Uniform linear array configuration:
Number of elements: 16
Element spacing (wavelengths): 1
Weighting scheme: kaiser
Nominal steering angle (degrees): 45
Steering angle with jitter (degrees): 45.865
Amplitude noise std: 0.05
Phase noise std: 0.05

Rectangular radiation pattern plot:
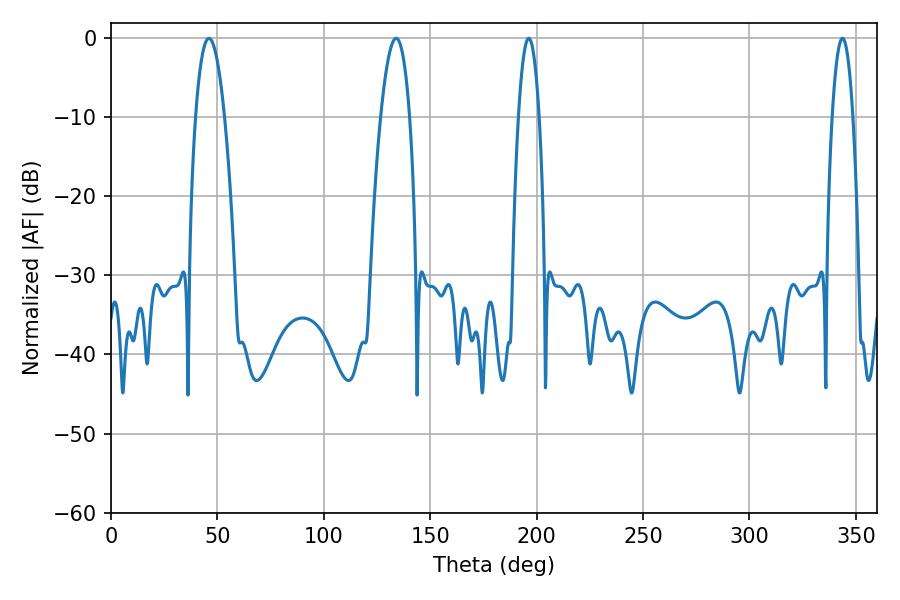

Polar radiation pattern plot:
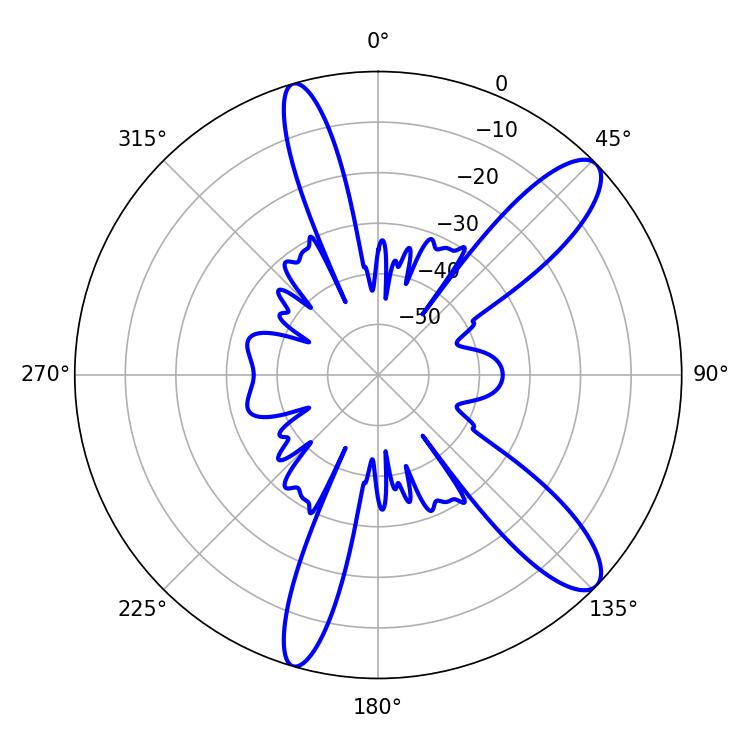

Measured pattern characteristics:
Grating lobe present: TRUE
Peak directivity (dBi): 11.35
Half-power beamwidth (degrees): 7.38
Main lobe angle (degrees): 46.08